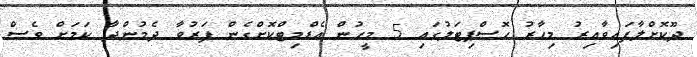
ދޫކޮށްލާފައިވާއިރު މިހާރު ހޮސްޕިޓަލުގައި 5 މީހުން އެޑްމިޓްކޮށްގެން ފަރުވާ ދެމުންދާ ކަމަށް ވެސް